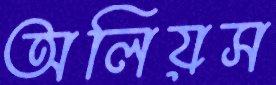
অলিয়স